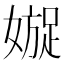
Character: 𡡍